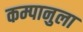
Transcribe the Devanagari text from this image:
कम्पानुला